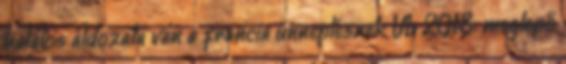
halálos áldozata van a francia ünneplésnek Vb 2018: meglepő